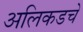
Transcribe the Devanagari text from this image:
अलिकडचे